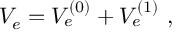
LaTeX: V _ { e } = V _ { e } ^ { ( 0 ) } + V _ { e } ^ { ( 1 ) } ~ ,